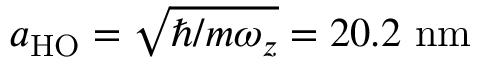
a _ { \mathrm { { H O } } } = \sqrt { \hbar / m \omega _ { z } } = 2 0 . 2 ~ \mathrm { { n m } }